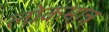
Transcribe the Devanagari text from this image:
लोकमात्र